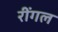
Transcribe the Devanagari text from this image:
रींगल